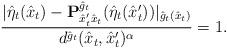
LaTeX: \begin{align*}\frac{|\hat\eta_t(\hat{x}_t) - \mathbf{P}^{\hat{g}_t}_{\hat{x}'_t\hat{x}_t}(\hat\eta_t(\hat{x}'_t))|_{\hat{g}_t(\hat{x}_t)}}{d^{\hat{g}_t}(\hat{x}_t,\hat{x}'_t)^\alpha}=1.\end{align*}